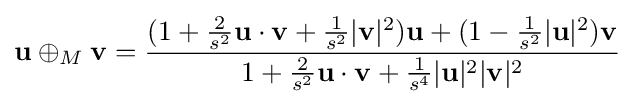
\mathbf {u} \oplus _{M}\mathbf {v} ={\frac {(1+{\frac {2}{s^{2}}}\mathbf {u} \cdot \mathbf {v} +{\frac {1}{s^{2}}}|\mathbf {v} |^{2})\mathbf {u} +(1-{\frac {1}{s^{2}}}|\mathbf {u} |^{2})\mathbf {v} }{1+{\frac {2}{s^{2}}}\mathbf {u} \cdot \mathbf {v} +{\frac {1}{s^{4}}}|\mathbf {u} |^{2}|\mathbf {v} |^{2}}}